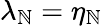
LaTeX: \lambda_{\mathbb{N}}=\eta_{\mathbb{N}}